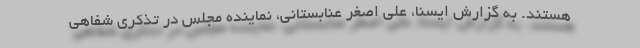
هستند. به گزارش ایسنا، علی اصغر عنابستانی، نماینده مجلس در تذکری شفاهی